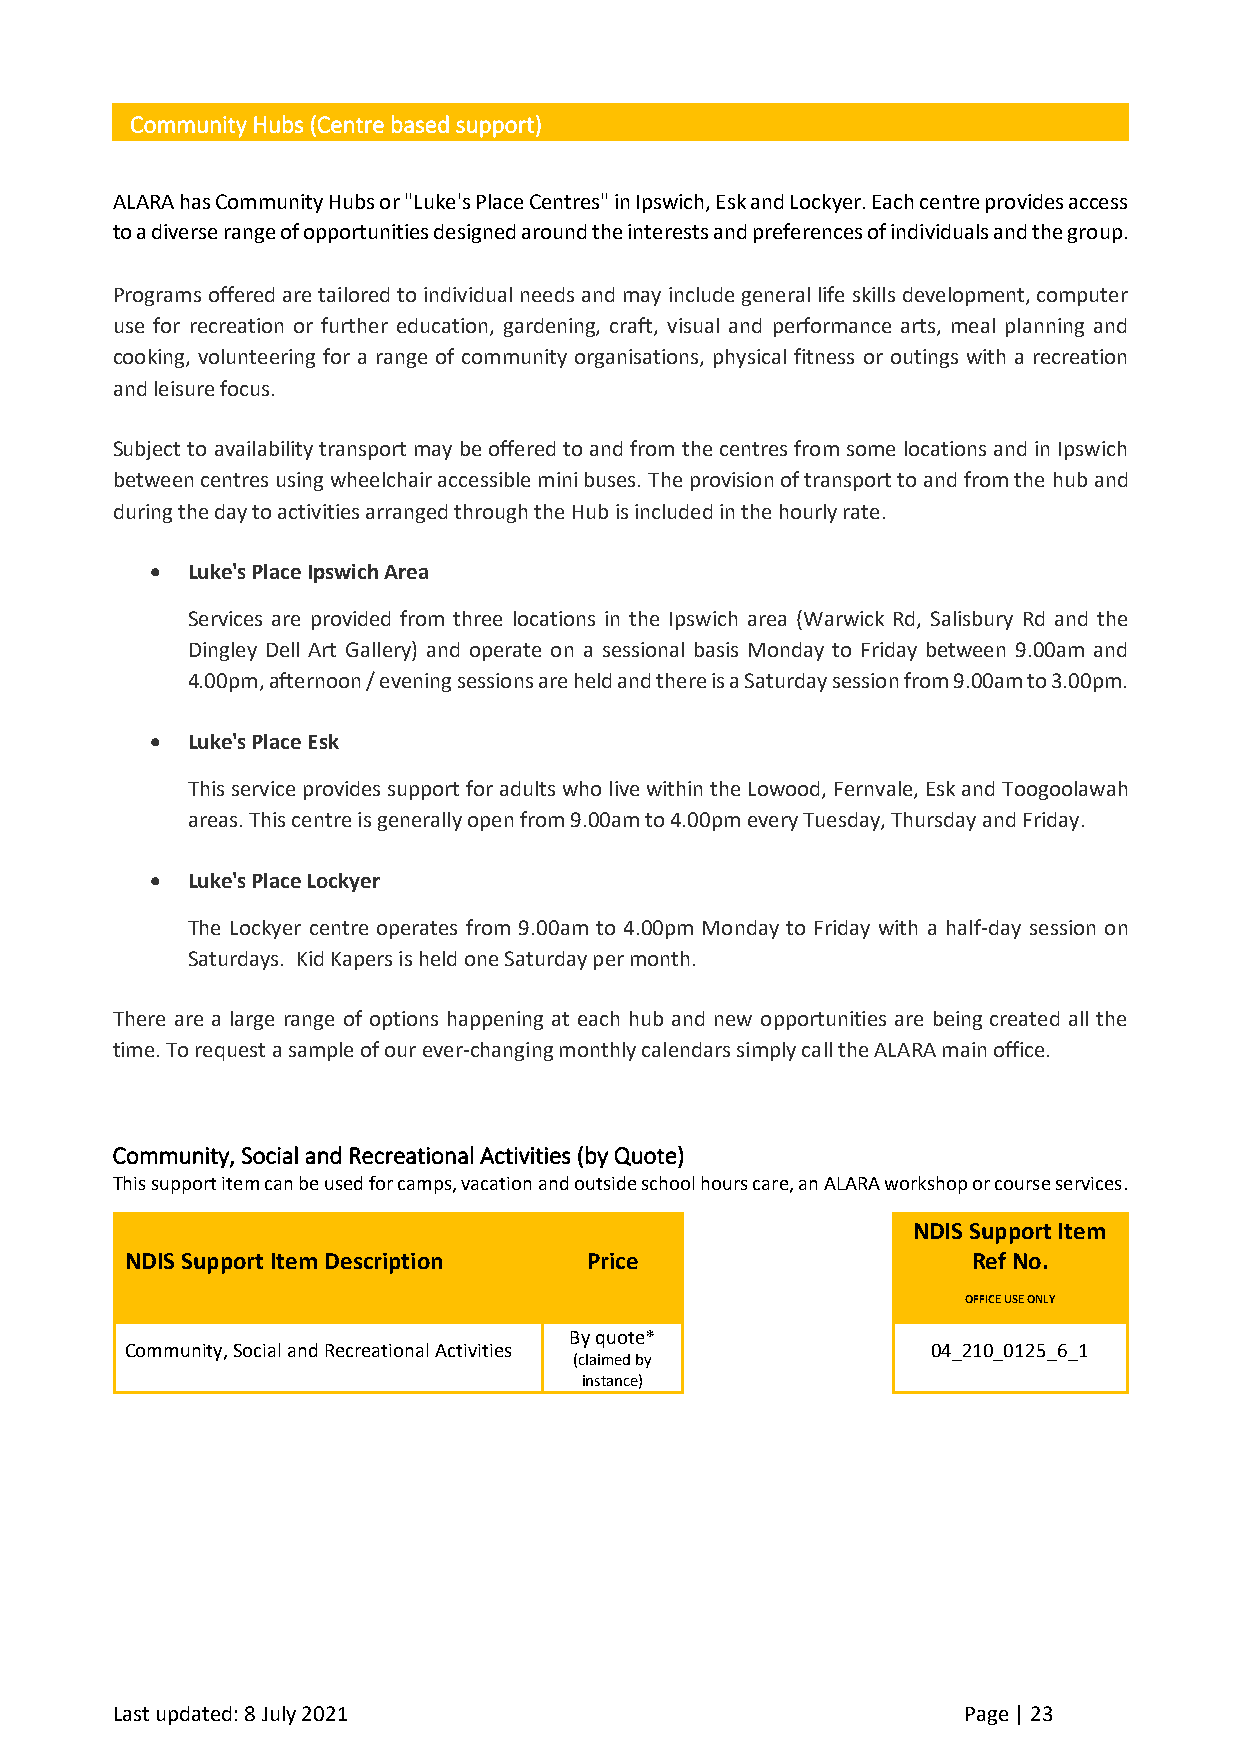
Community Hubs (Centre based support)
 ALARA has Community Hubs or "Luke's Place Centres" in Ipswich, Esk and Lockyer. Each centre provides access
 to a diverse range of opportunities designed around the interests and preferences of individuals and the group.
 Programs offered are tailored to individual needs and may include general life skills development, computer
 use for recreation or further education, gardening, craft, visual and performance arts, meal planning and
 cooking, volunteering for a range of community organisations, physical fitness or outings with a recreation
 and leisure focus.
 Subject to availability transport may be offered to and from the centres from some locations and in Ipswich
 between centres using wheelchair accessible mini buses. The provision of transport to and from the hub and
 during the day to activities arranged through the Hub is included in the hourly rate.
 • Luke's Place Ipswich Area
 Services are provided from three locations in the Ipswich area (Warwick Rd, Salisbury Rd and the
 Dingley Dell Art Gallery) and operate on a sessional basis Monday to Friday between 9.00am and
 4.00pm, afternoon / evening sessions are held and there is a Saturday session from 9.00am to 3.00pm.
 • Luke's Place Esk
 This service provides support for adults who live within the Lowood, Fernvale, Esk and Toogoolawah
 areas. This centre is generally open from 9.00am to 4.00pm every Tuesday, Thursday and Friday.
 • Luke's Place Lockyer
 The Lockyer centre operates from 9.00am to 4.00pm Monday to Friday with a half-day session on
 Saturdays. Kid Kapers is held one Saturday per month.
 There are a large range of options happening at each hub and new opportunities are being created all the
 time. To request a sample of our ever-changing monthly calendars simply call the ALARA main office.
 Community, Social and Recreational Activities (by Quote)
 This support item can be used for camps, vacation and outside school hours care, an ALARA workshop or course services.
 NDIS Support Item
 NDIS Support Item Description  Price                    Ref No.
 OFFICE USE ONLY
 By quote*
 Community, Social and Recreational Activities         04_210_0125_6_1
 (claimed by
 instance)
 Last updated: 8 July 2021                                Page | 23